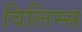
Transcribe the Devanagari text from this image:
विलिम्स